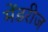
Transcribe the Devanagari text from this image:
मेंडरीज